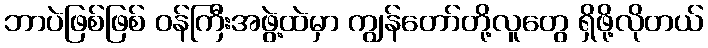
ဘာပဲဖြစ်ဖြစ် ဝန်ကြီးအဖွဲ့ထဲမှာ ကျွန်တော်တို့လူတွေ ရှိဖို့လိုတယ်